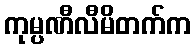
ကုမ္ပဏီလီမိတက်က